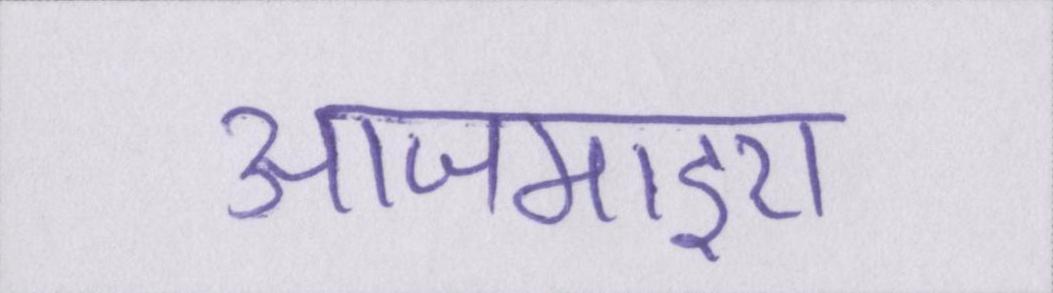
आजमाइए